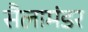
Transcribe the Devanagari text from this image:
सैलामंडर